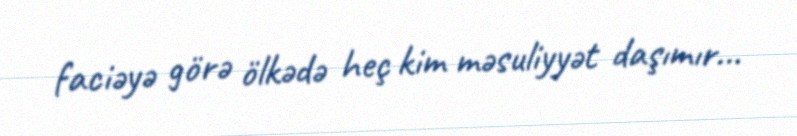
faciəyə görə ölkədə heç kim məsuliyyət daşımır...